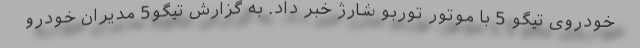
خودروی تیگو 5 با موتور توربو شارژ خبر داد. به گزارش تیگو5 مدیران خودرو